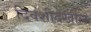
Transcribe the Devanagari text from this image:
दिवशीदेखील